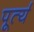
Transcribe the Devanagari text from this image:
पूर्त्य